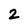
Character: 2